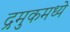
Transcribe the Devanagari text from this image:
द्रमुकमध्ये